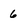
Character: 6